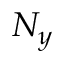
N _ { y }